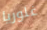
غلوريا